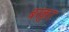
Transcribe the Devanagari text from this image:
बरकुर